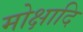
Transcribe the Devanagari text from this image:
मोक्षादि